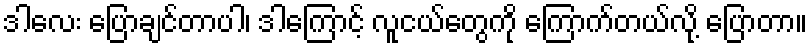
ဒါလေး ပြောချင်တာပါ၊ ဒါကြောင့် လူငယ်တွေကို ကြောက်တယ်လို့ ပြောတာ။